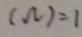
( \Omega ) = 1